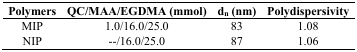
| Polymers | QC/MAA/EGDMA (mmol) | dn (nm) | Polydispersivity |
 | --- | --- | --- | --- |
 | MIP | 1.0/16.0/25.0 | 83 | 1.08 |
 | NIP | --/16.0/25.0 | 87 | 1.06 |